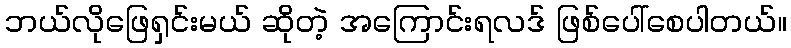
ဘယ်လိုဖြေရှင်းမယ် ဆိုတဲ့ အကြောင်းရလဒ် ဖြစ်ပေါ်စေပါတယ်။